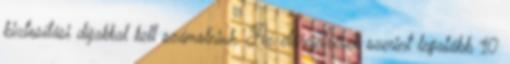
biztosítási díjakkal kell számolniuk. Az előrejelzések szerint legalább 10